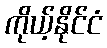
ကိုယ့်နိုင်ငံ